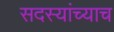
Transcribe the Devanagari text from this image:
सदस्यांच्याच